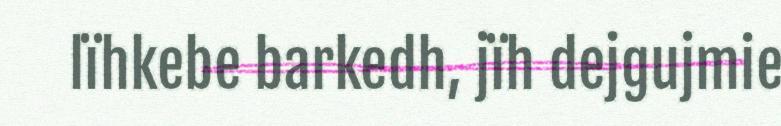
lïhkebe barkedh, jïh dejgujmie